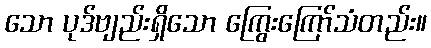
သော ပုဒ်ဗျည်းရှိသော ကြွေးကြော်သံတည်း။